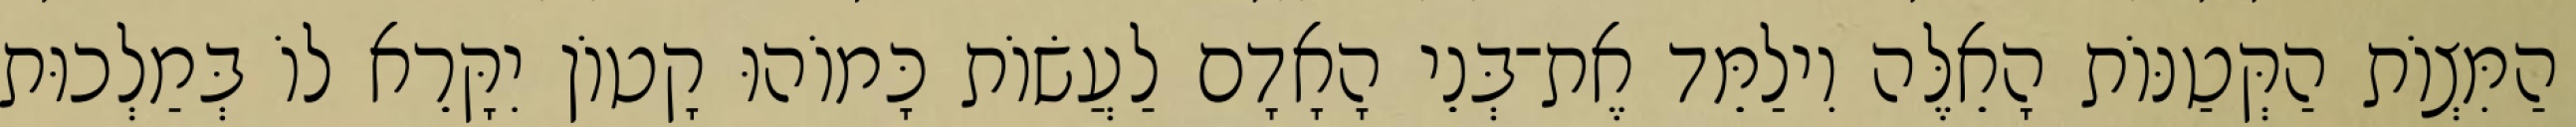
הַמִּצְוֹת הַקְּטַנּוֹת הָאֵלֶּה וִילַמֵּד אֶת־בְּנֵי הָאָדָם לַעֲשׂוֹת כָּמוֹהוּ קָטוֹן יִקָּרֵא לוֹ בְּמַלְכוּת